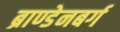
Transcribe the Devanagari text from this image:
ब्राण्डेनबर्ग